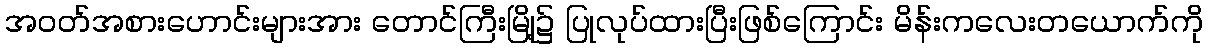
အဝတ်အစားဟောင်းများအား တောင်ကြီးမြို့၌ ပြုလုပ်ထားပြီးဖြစ်ကြောင်း မိန်းကလေးတယောက်ကို